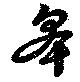
皐